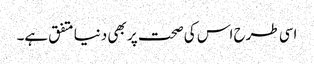
اسی طرح اس کی صحت پر بھی دنیا متفق ہے۔